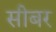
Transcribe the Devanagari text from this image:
सीबर